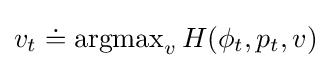
v_{t}\doteq \operatorname {argmax} _{v}H(\phi _{t},p_{t},v)